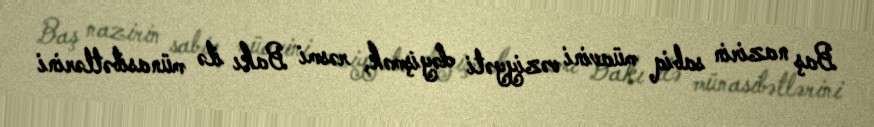
Baş nazirin sabiq müavini vəziyyəti dəyişmək, rəsmi Bakı ilə münasibətlərini